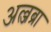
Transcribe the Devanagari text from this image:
अल्जब्रा